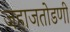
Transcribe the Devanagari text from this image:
जहाजतोडणी